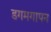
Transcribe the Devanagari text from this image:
डगमगापन